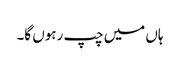
ہاں میں چپ رہوں گا۔